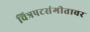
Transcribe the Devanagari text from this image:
चित्रपटसंगीतावर